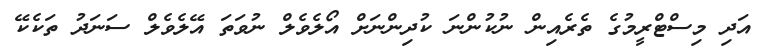
އަދި މިސްޓްރީމުގެ ތެރެއިން ނުކުންނަ ކުދިންނަށް އޯލެވެލް ނުވަތަ އޭލެވެލް ސަނަދު ތަކެކޭ